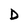
Character: D